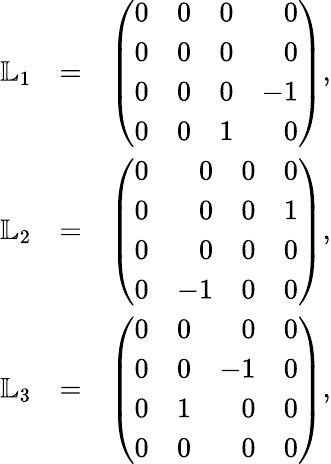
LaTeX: \begin{array}{rlr}{{\mathbb L}_{1}}&{=}&{\left(\begin{array}{rrrr}{0}&{0}&{0}&{0}\\ {0}&{0}&{0}&{0}\\ {0}&{0}&{0}&{-1}\\ {0}&{0}&{1}&{0}\end{array}\right),}\\ {{\mathbb L}_{2}}&{=}&{\left(\begin{array}{rrrr}{0}&{0}&{0}&{0}\\ {0}&{0}&{0}&{1}\\ {0}&{0}&{0}&{0}\\ {0}&{-1}&{0}&{0}\end{array}\right),}\\ {{\mathbb L}_{3}}&{=}&{\left(\begin{array}{rrrr}{0}&{0}&{0}&{0}\\ {0}&{0}&{-1}&{0}\\ {0}&{1}&{0}&{0}\\ {0}&{0}&{0}&{0}\end{array}\right),}\end{array}